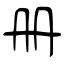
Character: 册